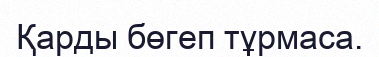
Қарды бөгеп тұрмаса.